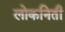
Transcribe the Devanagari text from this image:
लोकनिती